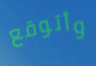
وأتوقع